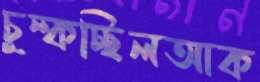
চুল্‌কচ্ছিলআক